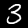
Label: 3